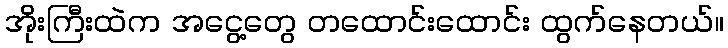
အိုးကြီးထဲက အငွေ့တွေ တထောင်းထောင်း ထွက်နေတယ်။